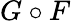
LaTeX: G\circ F